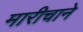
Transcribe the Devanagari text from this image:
मारीचाने